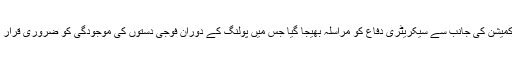
الیکشن کمیشن کی جانب سے سیکریٹری دفاع کو مراسلہ بھیجا گیا جس میں پولنگ کے دوران فوجی دستوں کی موجودگی کو ضروری قرار دیا گیا ۔